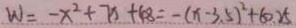
W = - x ^ { 2 } + 7 x + 4 8 = - ( x - 3 . 5 ) ^ { 2 } + 6 0 . 2 5